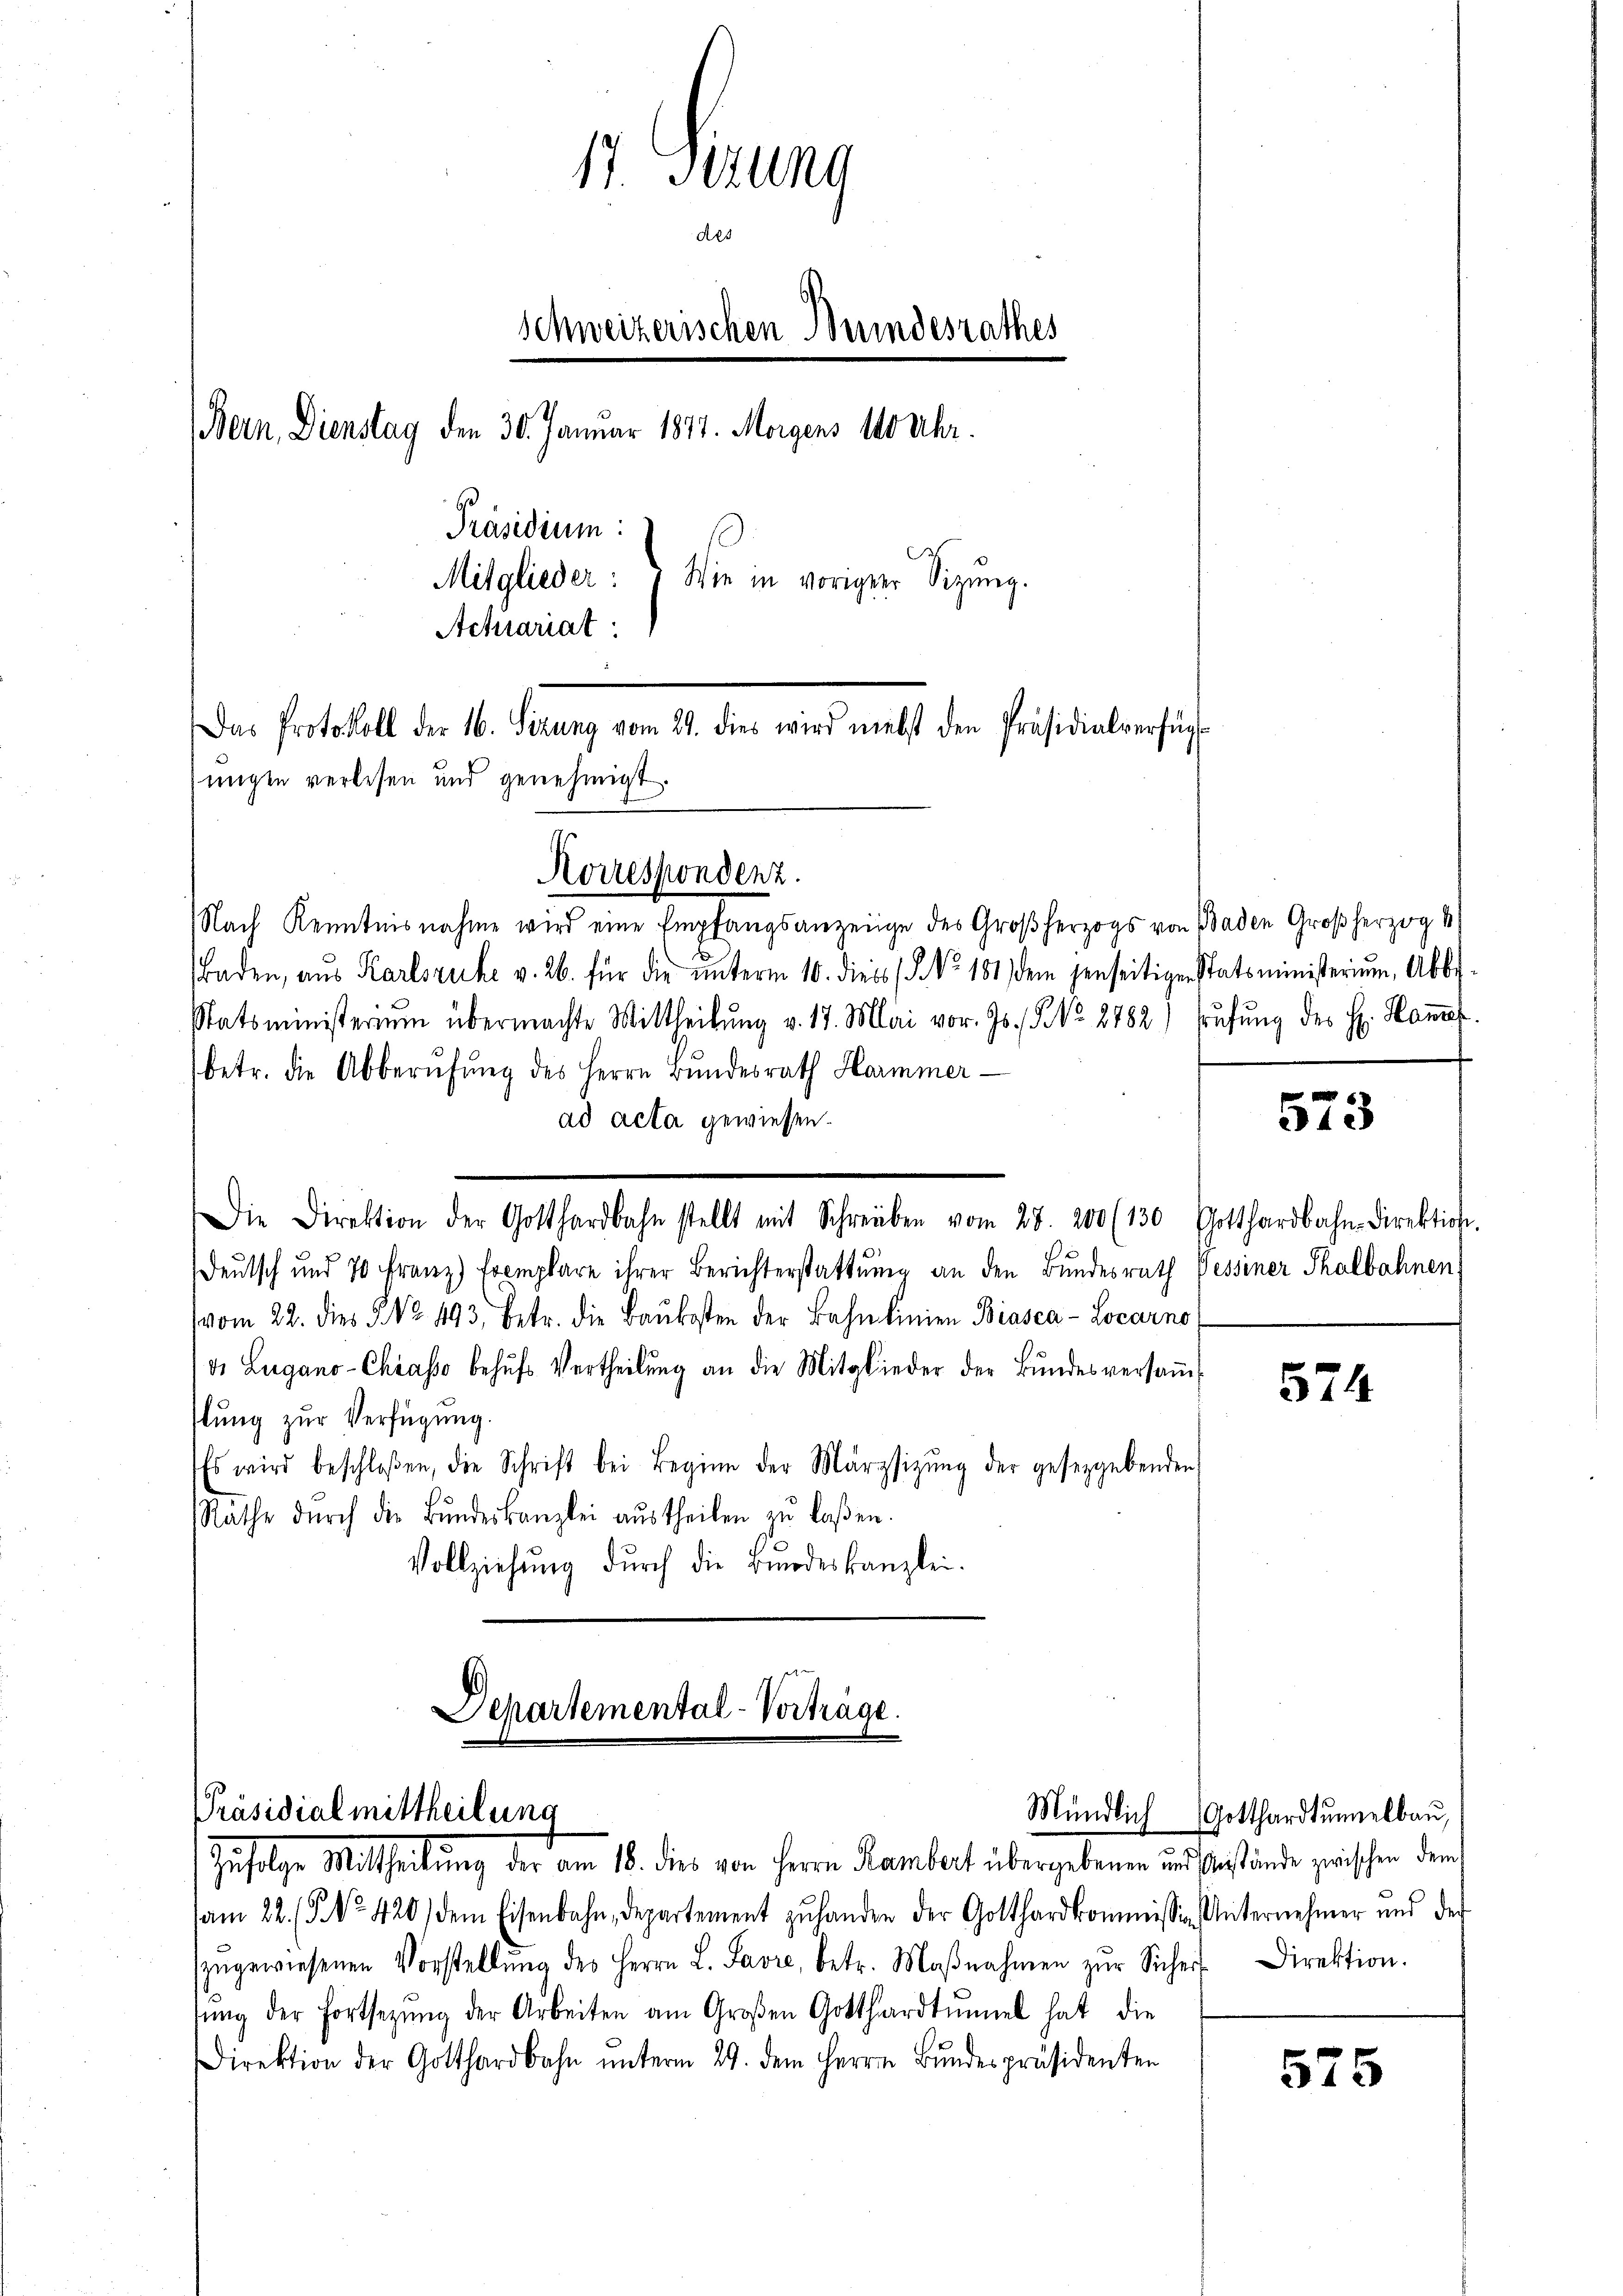
1. Ferne
des
Schweizerischen Bundesrathes
(Bern, Dienstag den 30. Januar 1877. Morgens 10 Uhr.
Präsidium:
Mitglieder:
Wie in vorigen Sizung.
Actrariat
Das Protokoll der 16. Sizung vom 21. dies wird nebst den Präsidialverfüg
migen verlesen und genehmigt.

Korrespondenz.

Nach Kenntnisnahme wird eine Empfangsanzeige des Großherzogs von Baden Großherzog 4
Baden, aus Karlsruhe v. 26. für die ŭnterm 10. diess (§. No. 181 dem jenseitigen Statsministerium Abbi-
Statsministerium übermachte Mittheilŭng v. 17. Mai vor. Js. No. 2782) Erŭfŭng des H. Hammes
(betr. die Abberŭfŭng des Herrn Bŭndesrath Hammer
ad acta gewiesen.
Die Direktion der Gotthardbahn stellt mit Schreiben vom 28. 200 (130 Gotthardbahn-Direktion.
Deutsch und 70 Franz) Exemplare ihrer Berichterstattung an den Bundesrath Pessiner Thalbahnen:
vom 22. dies P. Nr. 493, betr. die Baŭkosten der Bahnlinien Biasca-Locarno
v. Lugano-Chiasso behŭfs Vertheilŭng an die Mitglieder der Bŭndesversaṁ-
lung zur Verfügung.
Es wird beschloßen, die Schrift bei Beginn der Märzsizŭng der geseggebenden
Rathe dŭrch die Bŭndeskanzlei aŭstheilen zŭ laßen.
Vollziehung durch die Brodeskanzlei.

Departemental-Vorträge.
Präsidialmittheilung
Zufolge Mittheilung der am 18. dies von Herrn Rambert übergebenen und Anstände zwischen dem

am 22. (§ 420) dem Eisenbahn, departement zŭ handen der Gotthardkommissen Unternehmer und der
zŭgewiesenen Vorstellŭng des Herrn L. Savre, betr. Maβnahmen zŭr Sichert Direktion.
fŭng der Fortsetzŭng der Arbeiten am Großen Gotthardtŭmmel hat die
Direktion der Gotthardbahn ŭnterm 29. dem Herrn Bŭndespräsidenten

573

574

Mündlich Gotthardtunelbau,

575